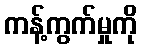
ကန့်ကွက်မှုကို